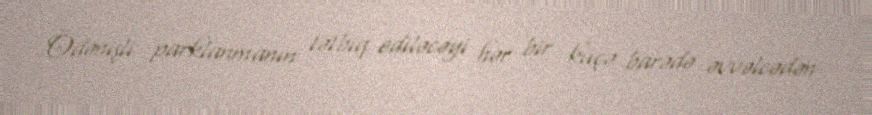
Ödənişli parklanmanın tətbiq ediləcəyi hər bir küçə barədə əvvəlcədən